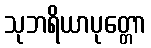
သုဘရိယာပုတ္တော